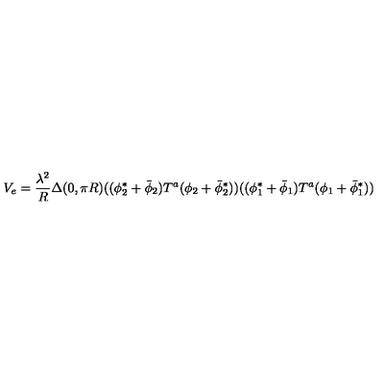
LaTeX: V _ { e } = { \frac { \lambda ^ { 2 } } { R } } \Delta ( 0 , \pi R ) ( ( \phi _ { 2 } ^ { * } + \bar { \phi } _ { 2 } ) T ^ { a } ( \phi _ { 2 } + \bar { \phi } _ { 2 } ^ { * } ) ) ( ( \phi _ { 1 } ^ { * } + \bar { \phi } _ { 1 } ) T ^ { a } ( \phi _ { 1 } + \bar { \phi } _ { 1 } ^ { * } ) )